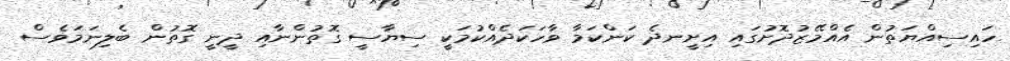
ހައިސިއްޔަތުން އެއްމޭޒުދޮށުގައި އިށީނދެ ކަންކަމާ ވާހަކަދެއްކުމަކީ ސިޔާސީ ގޮތުންނާއި ދީނީ ގޮތުން ބެލިނަމަވެސް